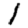
Digit: 1